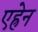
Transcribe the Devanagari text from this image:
एह्रेन